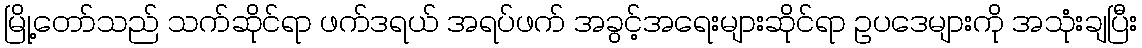
မြို့တော်သည် သက်ဆိုင်ရာ ဖက်ဒရယ် အရပ်ဖက် အခွင့်အရေးများဆိုင်ရာ ဥပဒေများကို အသုံးချပြီး